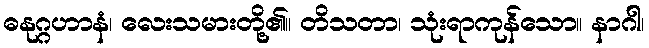
ဓနုဂ္ဂဟာနံ၊ လေးသမားတို့၏။ တိသတာ၊ သုံးရာကုန်သော။ နာဂါ၊